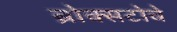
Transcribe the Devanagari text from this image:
ब्रोक्सटोवे